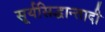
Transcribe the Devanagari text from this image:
सूर्यसिद्धान्तादी